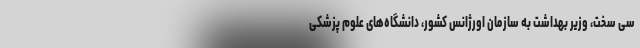
سی سخت، وزیر بهداشت به سازمان اورژانس کشور، دانشگاه‌های علوم پزشکی